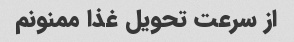
از سرعت تحویل غذا ممنونم